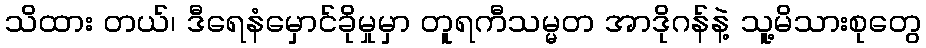
သိထား တယ်၊ ဒီရေနံမှောင်ခိုမှုမှာ တူရကီသမ္မတ အာဒိုဂန်နဲ့ သူ့မိသားစုတွေ